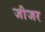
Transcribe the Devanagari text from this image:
जीजर